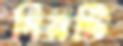
দিনটি